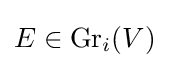
E\in \operatorname {Gr} _{i}(V)